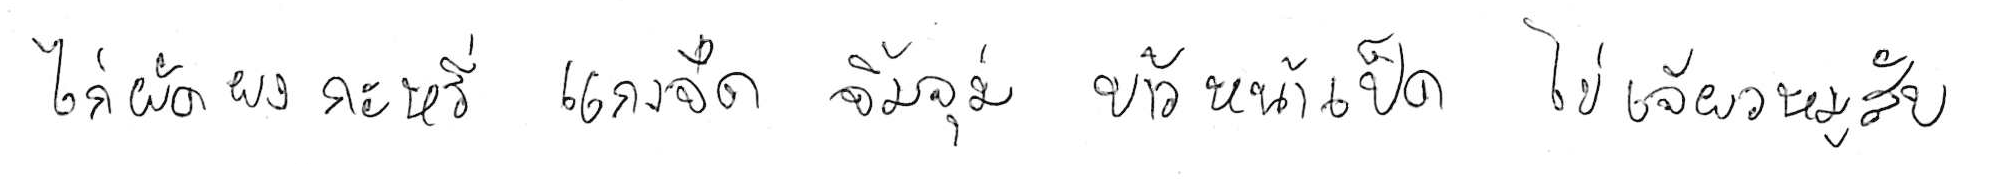
ไก่ผัดผงกะหรี่ แกงจืด จิ้มจุ่ม ข้าวหน้าเป็ด ไข่เจียวหมูสับ